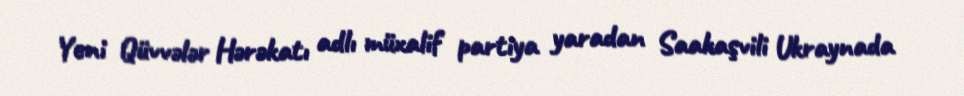
Yeni Qüvvələr Hərəkatı adlı müxalif partiya yaradan Saakaşvili Ukraynada